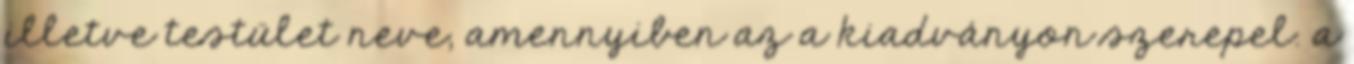
illetve testület neve, amennyiben az a kiadványon szerepel. a